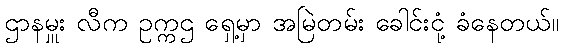
ဌာနမှူး လီက ဥက္ကဌ ရှေ့မှာ အမြဲတမ်း ခေါင်းငုံ့ ခံနေတယ်။